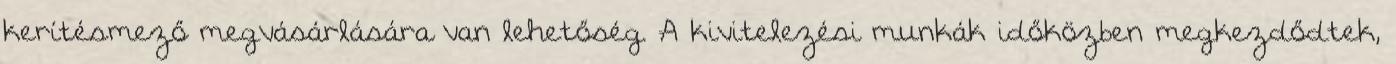
kerítésmező megvásárlására van lehetőség. A kivitelezési munkák időközben megkezdődtek,